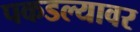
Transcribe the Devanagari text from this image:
पकडल्यावर